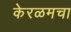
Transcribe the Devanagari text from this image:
केरळमचा